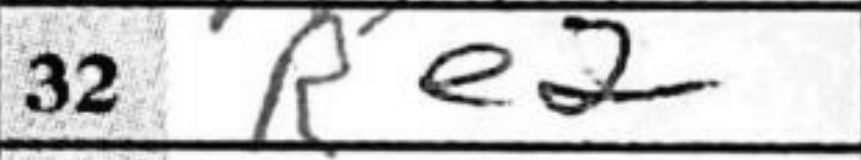
Transcription: Re2